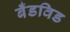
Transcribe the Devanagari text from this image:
बँडविड